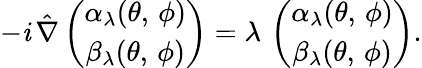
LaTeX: -\mathit{i}\, \hat{{\nabla}}\left(\begin{array}{c}{{\alpha_{\lambda}(\theta,\, \phi)}}\\ {{\beta_{\lambda}(\theta,\, \phi)}}\end{array}\right)=\lambda\, \left(\begin{array}{c}{{\alpha_{\lambda}(\theta,\, \phi)}}\\ {{\beta_{\lambda}(\theta,\, \phi)}}\end{array}\right).